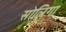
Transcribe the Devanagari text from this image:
सोलिगा